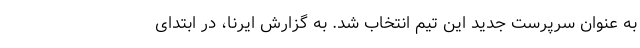
به عنوان سرپرست جدید این تیم انتخاب شد. به گزارش ایرنا، در ابتدای